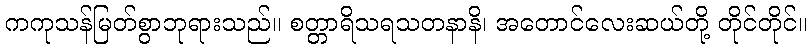
ကကုသန်မြတ်စွာဘုရားသည်။ စတ္တာရိသရသတနာနိ၊ အတောင်လေးဆယ်တို့ တိုင်တိုင်။